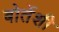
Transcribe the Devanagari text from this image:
बोर्तेशी